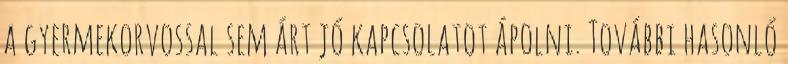
a gyermekorvossal sem árt jó kapcsolatot ápolni. További hasonló